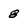
Character: 8